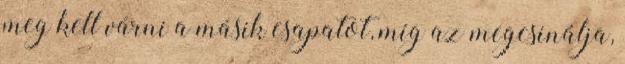
meg kell várni a másik csapatot, míg az megcsinálja,